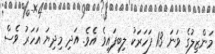
މަންޒިލުގެ ވަނަ 13 ފަހަރަކު ލިބިފައިވެ އެވެ. އަދި މިދިޔަ އަހަރު ވެސް